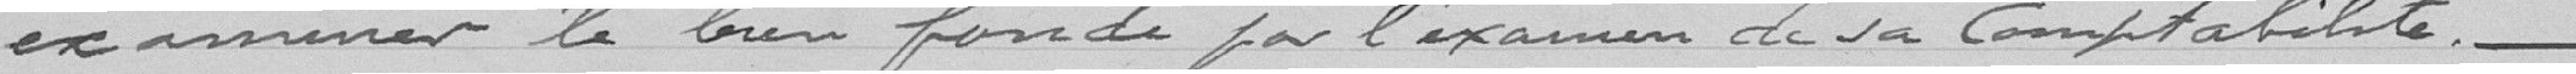
examiner le bien fondé par l'examen de sa comptabilité .